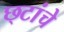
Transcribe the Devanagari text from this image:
छ्टांचे